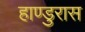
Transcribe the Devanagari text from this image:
हाण्डुरास